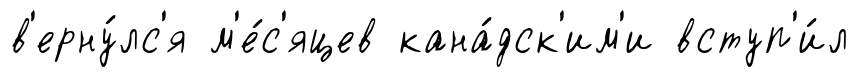
в'ерну́лс'я м'е́с'яцев кана́дск'им'и вступ'и́л